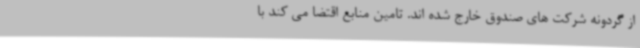
از گردونه شرکت های صندوق خارج شده اند. تامین منابع اقتضا می کند با